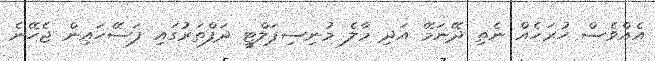
އެއްވެސް ހުރަހެއް ނެތި ދޭނަމޭ އަދި މާލެ މުނިސިޕަލްޓީ ދަފްތަރުގައި ފަސޭހައިން ޖެހޭނެ